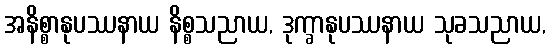
အနိစ္စာနုပဿနာယ နိစ္စသညာယ, ဒုက္ခာနုပဿနာယ သုခသညာယ,